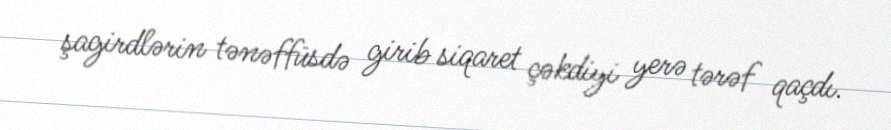
şagirdlərin tənəffüsdə girib siqaret çəkdiyi yerə tərəf qaçdı.